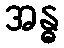
အန္ဓ